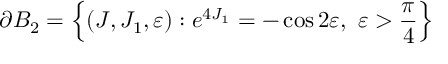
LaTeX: \partial B _ { 2 } = \left\{ ( J , J _ { 1 } , \varepsilon ) : e ^ { 4 J _ { 1 } } = - \cos 2 \varepsilon , \ \varepsilon > \frac { \pi } { 4 } \right\}